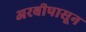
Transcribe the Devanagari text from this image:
अरबीपासून